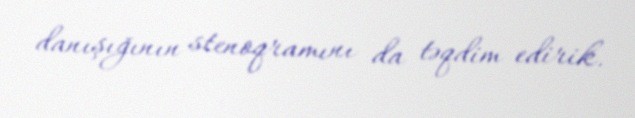
danışığının stenoqramını da təqdim edirik.